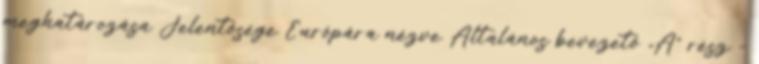
meghatározása Jelentősége Európára nézve Általános bevezető „A” rész –